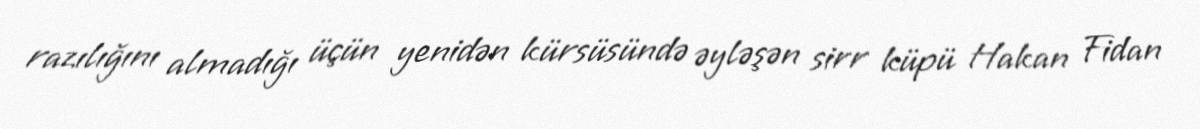
razılığını almadığı üçün yenidən kürsüsündə əyləşən sirr küpü Hakan Fidan